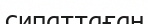
сипаттаған